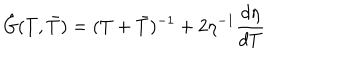
LaTeX: \hat { G } ( T , \bar { T } ) = ( T + \bar { T } ) ^ { - 1 } + 2 \eta ^ { - 1 } \frac { d \eta } { d T }